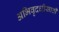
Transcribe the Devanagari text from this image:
अभिवृदधीसाठी